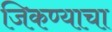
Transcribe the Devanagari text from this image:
जिकण्याचा